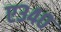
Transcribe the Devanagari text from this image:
ए३४०